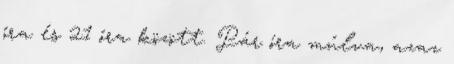
óra és 21 óra között. Pár óra múlva, azaz